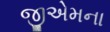
જીએમના